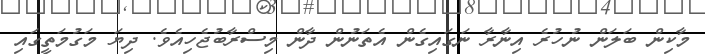
މާކިން ބަލަން ނުހުރެ އިނާރާ ނަގައިގެން އެތަނުން ދާން މިސްރާބުޖެހިއެވެ. ދިޔަ މަގުމަތީގައި